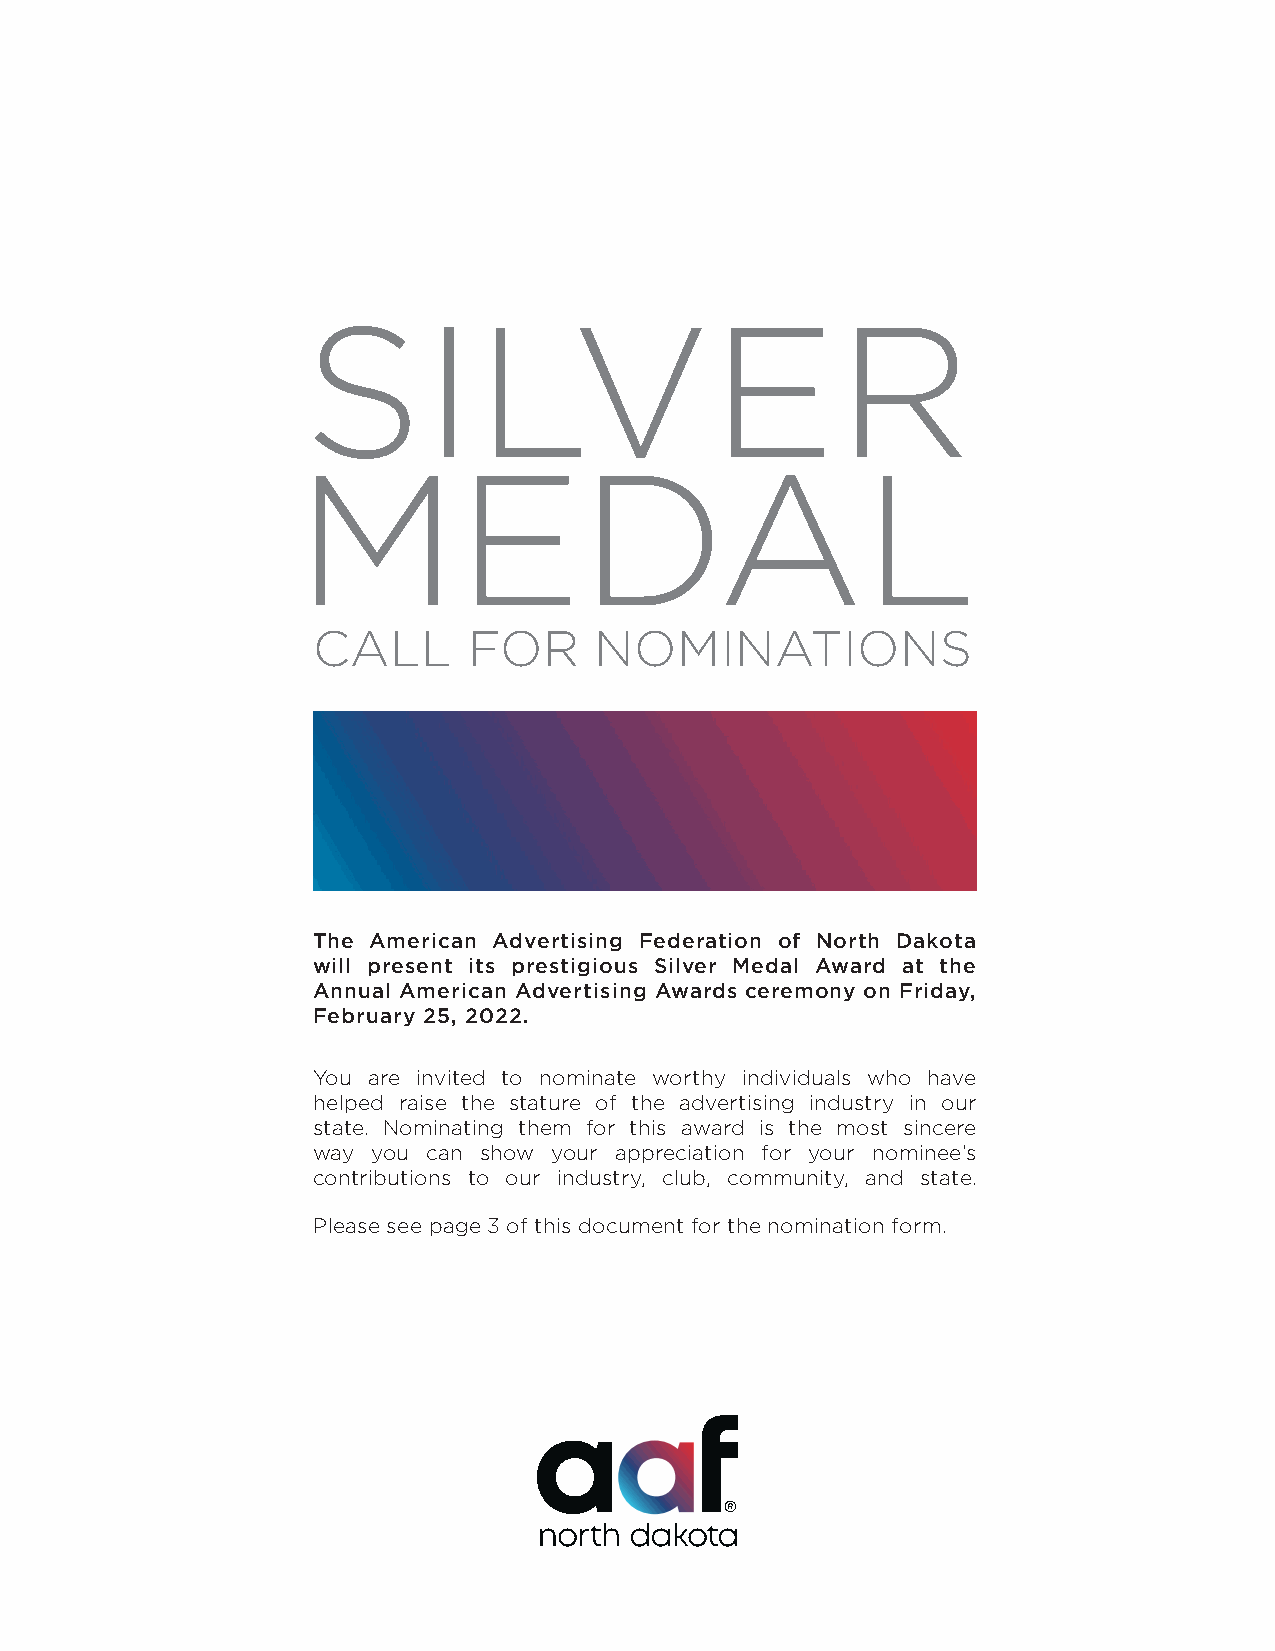
SILVER
 MEDAL
 CALL      FOR     NOMINATIONS
 The American Advertising Federation of North Dakota
 will present its prestigious Silver Medal Award at the
 Annual American Advertising Awards ceremony on Friday,
 February 25, 2022.
 You are invited to nominate worthy individuals who have
 helped raise the stature of the advertising industry in our
 state. Nominating them for this award is the most sincere
 way you can show your appreciation for your nominee’s
 contributions to our industry, club, community, and state.
 Please see page 3 of this document for the nomination form.